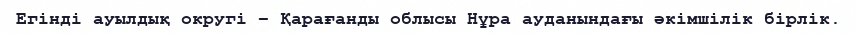
Егінді ауылдық округі – Қарағанды облысы Нұра ауданындағы әкімшілік бірлік.